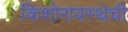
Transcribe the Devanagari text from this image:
किशोरावस्थेची